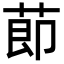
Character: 莭